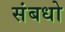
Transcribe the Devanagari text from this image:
संबधो